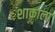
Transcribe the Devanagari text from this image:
शाकाला